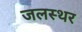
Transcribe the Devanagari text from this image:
जलस्थर